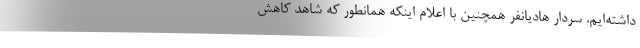
داشته‌ایم. سردار هادیانفر همچنین با اعلام اینکه همانطور که شاهد کاهش